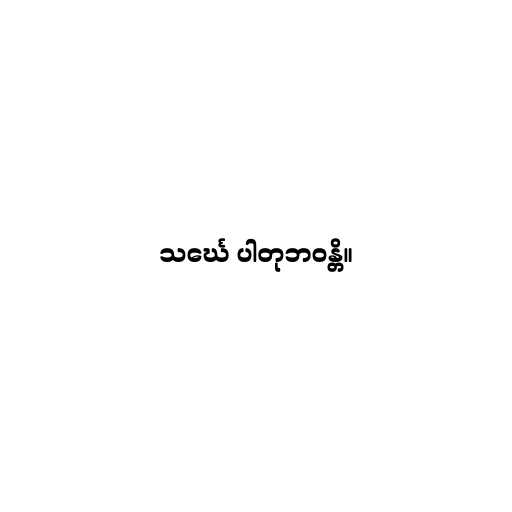
သင်္ဃေ ပါတုဘဝန္တိ။